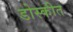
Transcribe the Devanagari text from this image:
डोस्कीत